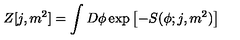
Z [ j , m ^ { 2 } ] = \int D \phi \exp \left[ - S ( \phi ; j , m ^ { 2 } ) \right]